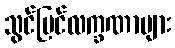
သွင်ပြင်လက္ခဏာများ